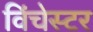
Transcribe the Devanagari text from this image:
विंचेस्‍टर